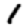
Digit: 1